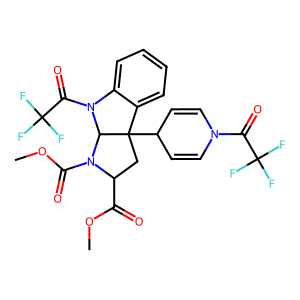
SMILES: COC(=O)C1CC2(C3C=CN(C(=O)C(F)(F)F)C=C3)c3ccccc3N(C(=O)C(F)(F)F)C2N1C(=O)OC
Inhibits HIV replication: No